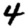
Digit: 4